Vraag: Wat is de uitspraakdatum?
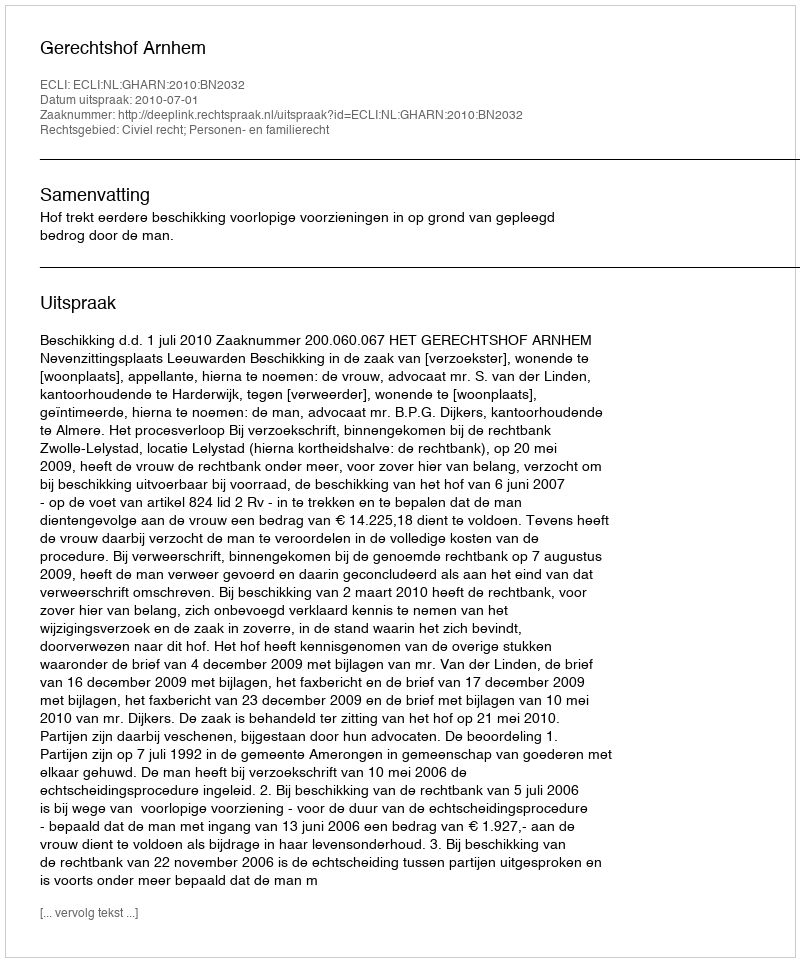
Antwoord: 2010-07-01